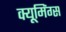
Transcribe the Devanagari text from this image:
क्यूमिंग्स